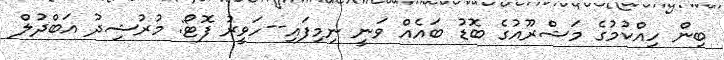
ބިން ހިއްކުމުގެ މަޝްރޫއުގެ ބޮޑު ބައެއް ވަނީ ނިމިފައި--ހަވީރު ފޮޓޯ: މުރުޝިދު އަބްދުލް